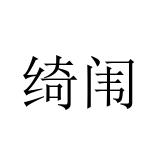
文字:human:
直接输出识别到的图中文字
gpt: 绮闱